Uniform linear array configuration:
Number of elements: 48
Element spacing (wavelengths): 1
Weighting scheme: uniform
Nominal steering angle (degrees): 60
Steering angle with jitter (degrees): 58.301
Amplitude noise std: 0.05
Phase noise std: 0.05

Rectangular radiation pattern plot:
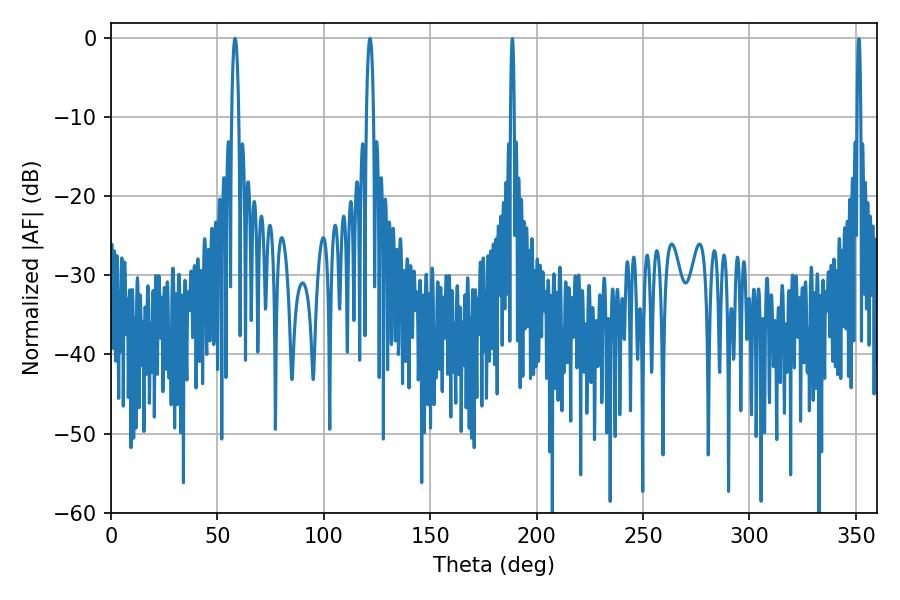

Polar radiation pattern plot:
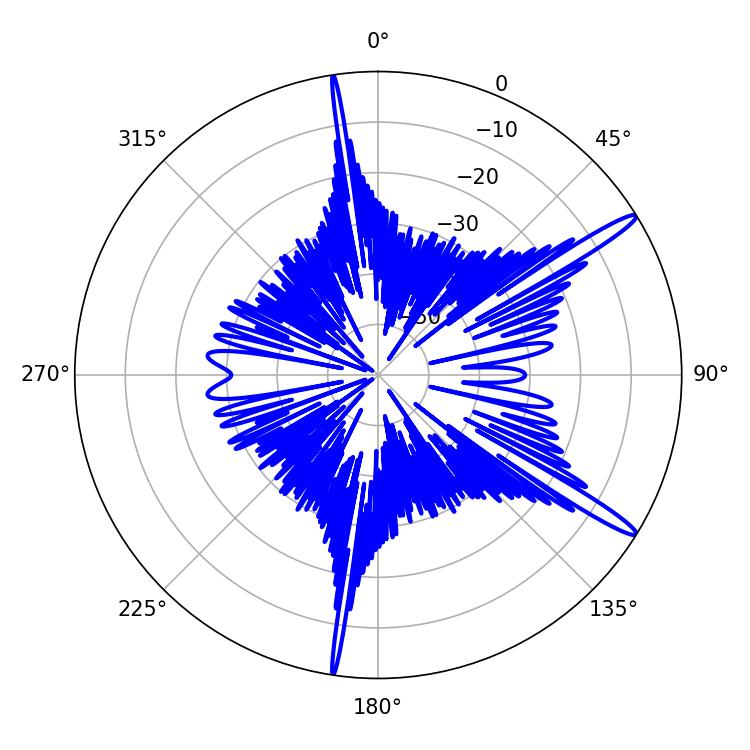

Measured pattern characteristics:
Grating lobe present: TRUE
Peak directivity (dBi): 15.223
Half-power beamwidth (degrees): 1.8
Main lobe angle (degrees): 58.32